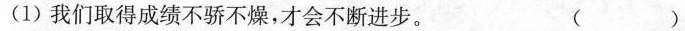
(1) 我们取得成绩不骄不燥，才会不断进步。 （ ）